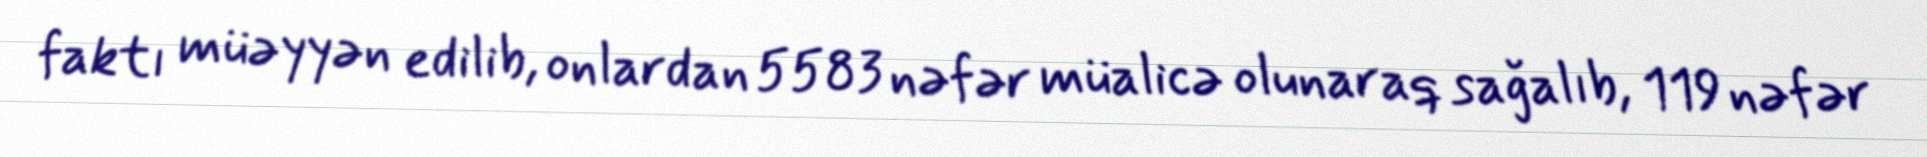
faktı müəyyən edilib, onlardan 5583 nəfər müalicə olunaraq sağalıb, 119 nəfər